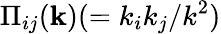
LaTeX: \Pi_{ij}({\mathbf{k}})(=k_{i}k_{j}/k^{2})